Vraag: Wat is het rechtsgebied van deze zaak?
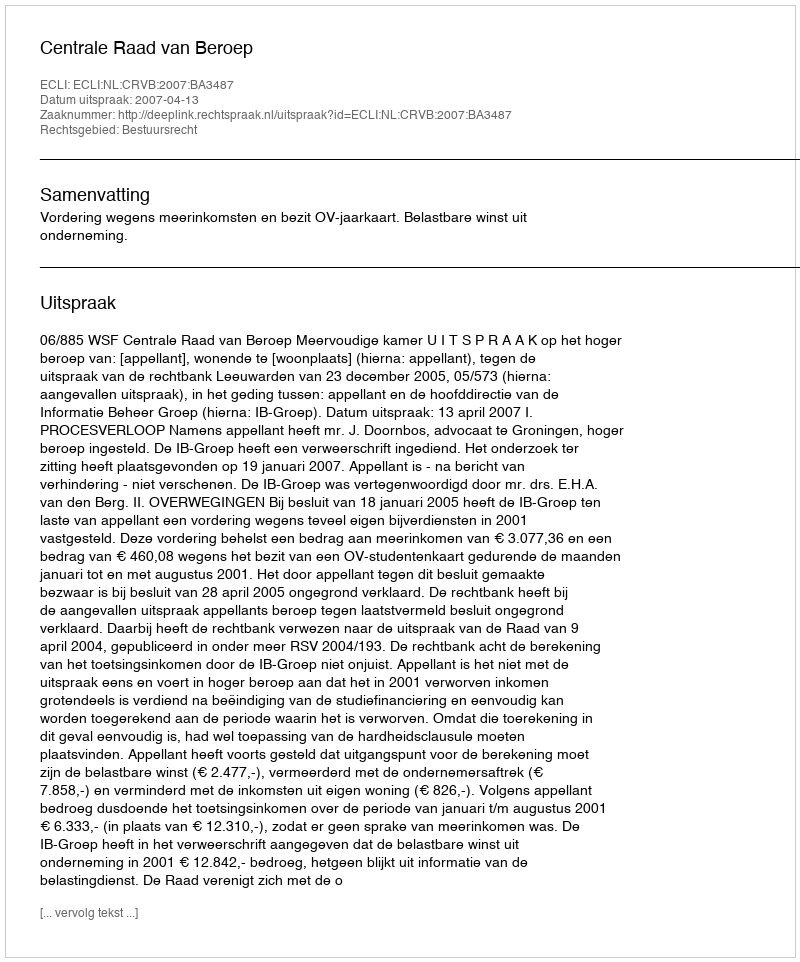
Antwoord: Bestuursrecht